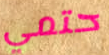
حتمي